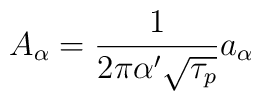
A_\alpha=\frac{1}{2\pi\alpha^\prime\sqrt{\tau_p}}a_\alpha